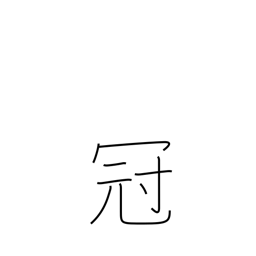
Meaning: best